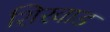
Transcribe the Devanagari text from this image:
शिरवाड